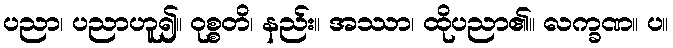
ပညာ၊ ပညာဟူ၍။ ဝုစ္စတိ၊ နည်း။ အဿာ၊ ထိုပညာ၏။ လက္ခဏ။ ပ။